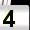
Digit: 4